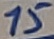
Text: 15